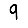
Digit: 9